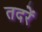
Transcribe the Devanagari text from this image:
तदरें